Civil Veterinary Department Bengal reports 1933-51 - 1933-1951
Year: 1933
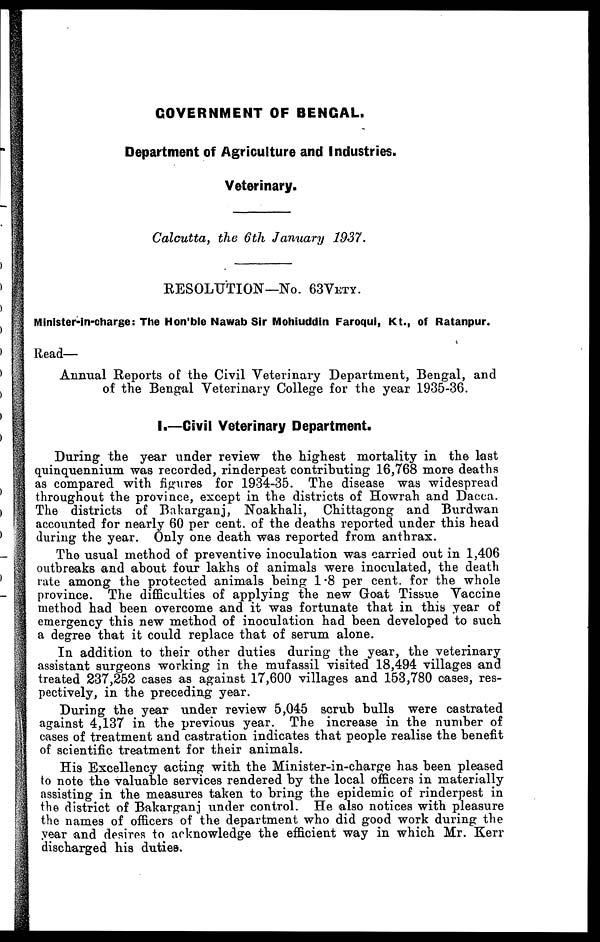
GOVERNMENT OF BENGAL.
Department of Agriculture and industries.
Veterinary.
Calcutta, the 6th January
1937.
RESOLUTION—No. 63VETY..
Minister-in-charge: The Hon'ble Nawab Sir Mohiuddin Faroqui, Kt., of Ratanpur.
Read—
Animal Reports of the Civil Veterinary Department, Bengal, and
of the Bengal Veterinary College for the year 1935-36.
I.—Civil Veterinary Department.
During the year under review the highest mortality in the last
quinquennium was recorded, rinderpest contributing 16,768 more deaths
as compared with figures for 1934-35. The disease was widespread
throughout the province, except in the districts of Howrah and Dacca.
The districts of Bakarganj, Noakhali, Chittagong and Burdwan
accounted for nearly 60 per cent. of the deaths reported under this head
during the year. Only one death was reported from anthrax.
The usual method of preventive inoculation was carried out in 1,406
outbreaks and about four lakhs of animals were inoculated, the death
rate among the protected animals being 1-8 per cent. for the whole
province. The difficulties of applying the new Goat Tissue Vaccine
method had been overcome and it was fortunate that in this year of
emergency this new method of inoculation had been developed to such
a degree that it could replace that of serum alone.
In addition to their other duties during the year, the veterinary
assistant surgeons working in the mufassil visited 18,494 villages and
treated 237,252 cases as against 17,600 villages and 153,780 oases, res-
pectively, in the preceding year.
During the year under review 5,045 scrub bulls were castrated
against 4,137 in the previous year. The increase in the number of
oases of treatment and castration indicates that people realise the benefit
of scientific treatment for their animals.
His Excellency acting with the Minister-in-charge has been pleased
to note the valuable services rendered by the local officers in materially
assisting in the measures taken to bring the epidemic of rinderpest in
the district of Bakarganj under control. He also notices with pleasure
the names of officers of the department who did good work during the
year and desires to acknowledge the efficient way in which Mr. Kerr
discharged his duties.